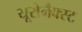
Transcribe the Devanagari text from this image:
यूरोनैक्स्ट